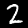
Digit: 2